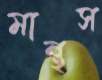
মান্থস